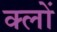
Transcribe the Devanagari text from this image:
क्लों